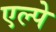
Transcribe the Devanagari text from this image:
एल्पे